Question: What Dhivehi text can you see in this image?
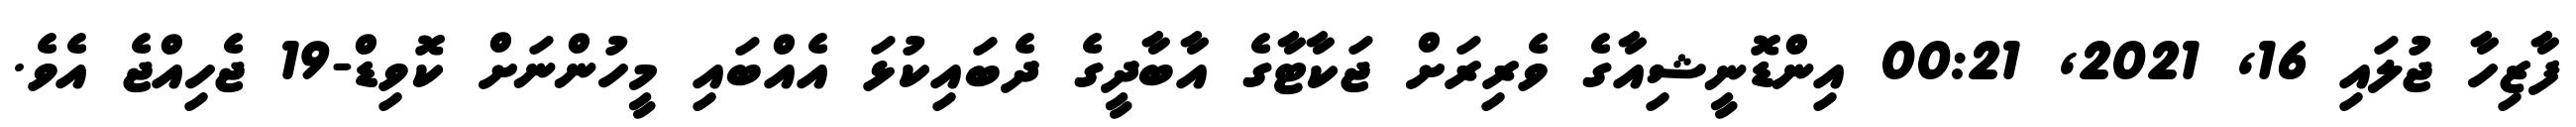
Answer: ފާޒިހާ ޖުލައި 16, 2021, 00:21 އިންޑޮނީޝިއާގެ ވެރިރަށް ޖަކާޓާގެ އާބާދީގެ ދެބައިކުޅަ އެއްބައި މީހުންނަށް ކޮވިޑް-19 ޖެހިއްޖެ އެވެ.